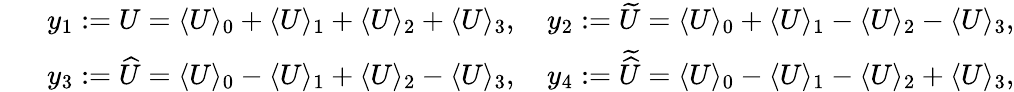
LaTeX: \begin{array}{rlr}&{}&{\! \! y_{1}:=U=\langle U\rangle_{0}+\langle U\rangle_{1}+\langle U\rangle_{2}+\langle U\rangle_{3},\quad y_{2}:=\widetilde{U}=\langle U\rangle_{0}+\langle U\rangle_{1}-\langle U\rangle_{2}-\langle U\rangle_{3},}\\ &{}&{\! \! y_{3}:=\widehat{U}=\langle U\rangle_{0}-\langle U\rangle_{1}+\langle U\rangle_{2}-\langle U\rangle_{3},\quad y_{4}:=\widetilde{\widehat{U}}=\langle U\rangle_{0}-\langle U\rangle_{1}-\langle U\rangle_{2}+\langle U\rangle_{3},}\end{array}